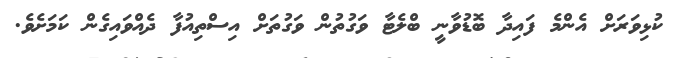
ކުޅިވަރަށް އެންމެ ފައިދާ ބޮޑުވާނީ ބްލެޓާ ވަގުތުން ވަގުތަށް އިސްތިއުފާ ދެއްވައިގެން ކަމަށެވެ.